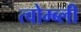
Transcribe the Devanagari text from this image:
त्वोम्ब्ली